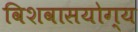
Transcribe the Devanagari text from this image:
विशवासयोग्य